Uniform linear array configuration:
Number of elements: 48
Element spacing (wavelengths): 0.25
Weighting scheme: hann
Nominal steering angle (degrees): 60
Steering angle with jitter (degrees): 58.786
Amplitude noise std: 0.05
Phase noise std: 0.05

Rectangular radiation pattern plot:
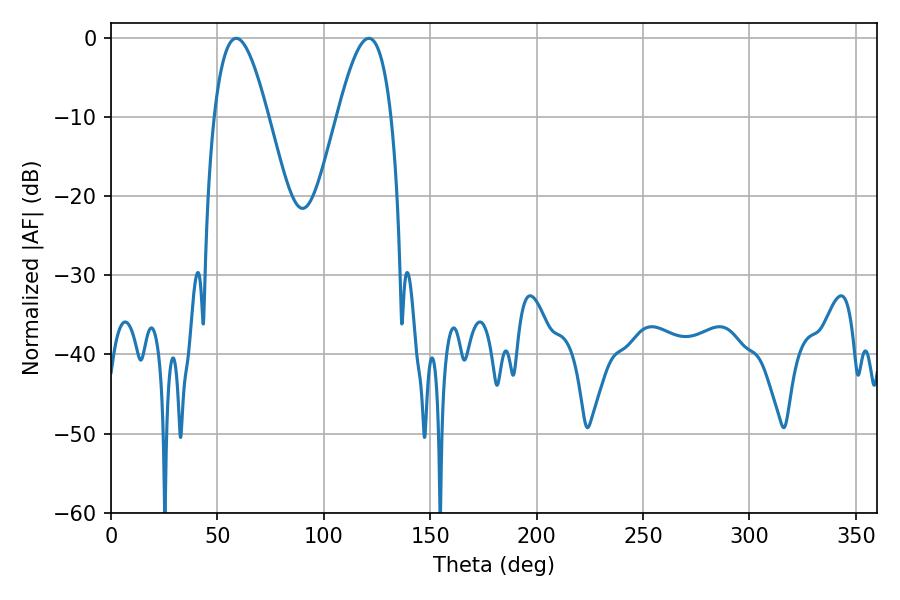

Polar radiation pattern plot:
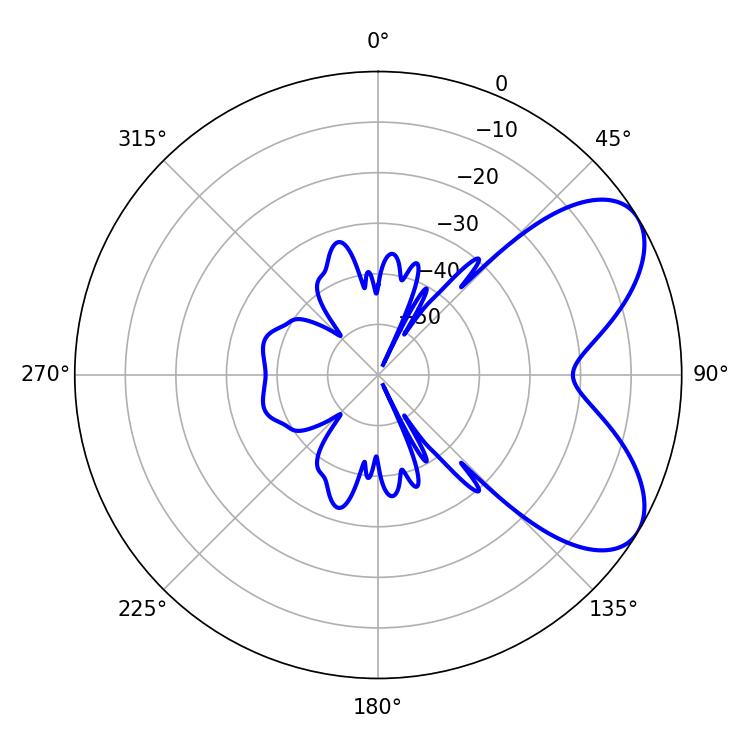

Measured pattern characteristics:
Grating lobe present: FALSE
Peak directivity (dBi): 6.442
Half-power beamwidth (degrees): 13.68
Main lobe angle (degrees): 58.86